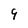
Character: 9